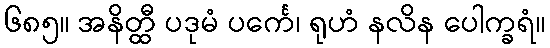
၆၈၅။ အနိတ္ထီ ပဒုမံ ပင်္ကေ၊ ရုဟံ နလိန ပေါက္ခရံ။